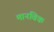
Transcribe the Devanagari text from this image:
मानविक